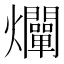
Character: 𤓙